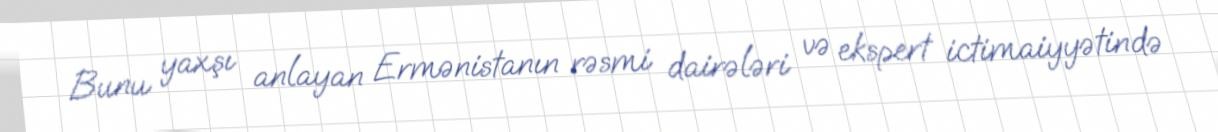
Bunu yaxşı anlayan Ermənistanın rəsmi dairələri və ekspert ictimaiyyətində